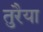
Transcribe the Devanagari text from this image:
तुरैया